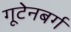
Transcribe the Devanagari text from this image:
गूटेनबर्ग